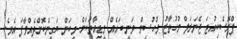
ޕްރޮސެކިއުޓަ ޖެނަރަލް މުހުތާޒު މުހުސިން ވަނީ ބައެއް މީޑިއާތަކަށް މިކަން ޔަގީންކޮށްދެއްވާފަ އެވެ.